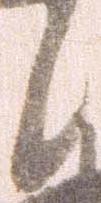
候